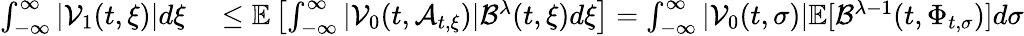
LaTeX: \begin{array}{rl}{\int_{-\infty}^{\infty}|\mathcal{V}_{1}(t,\xi)|d\xi}&{{}\leq\mathbb{E}\left[\int_{-\infty}^{\infty}|\mathcal{V}_{0}(t,\mathcal{A}_{t,\xi})|\mathcal{B}^{\lambda}(t,\xi)d\xi\right]=\int_{-\infty}^{\infty}|\mathcal{V}_{0}(t,\sigma)|\mathbb{E}[\mathcal{B}^{\lambda-1}(t,\Phi_{t,\sigma})]d\sigma}\end{array}